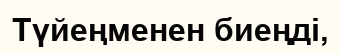
Түйеңменен биеңді,